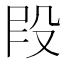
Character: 𫨻